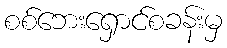
စစ်ဘေးရှောင်စခန်းမှ